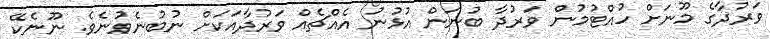
ވަރުދާގެ މޫނަށް ހުއްޓުމުން ވަރުދާ ބުނަން އުޅުނު އެއްޗެއް ވަރުދާއަކަށް ނުބުނެވުނެވެ. ނޫނެކޭ